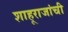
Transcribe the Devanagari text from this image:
शाहूराजांची